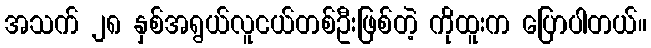
အသက် ၂၈ နှစ်အရွယ်လူငယ်တစ်ဦးဖြစ်တဲ့ ကိုထူးက ပြောပါတယ်။